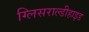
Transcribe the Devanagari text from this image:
ग्लिसराल्डीहाइड